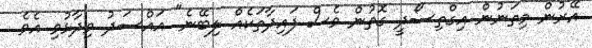
އޭރުން މިތަނުން އިގްތިސޯދީ ގޮތުން ވެސް ފައިދާތަކެއް ލިބޭނެ" އައްސަދު ވިދާޅުވި އެވެ.